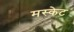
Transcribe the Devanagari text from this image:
मस्केट